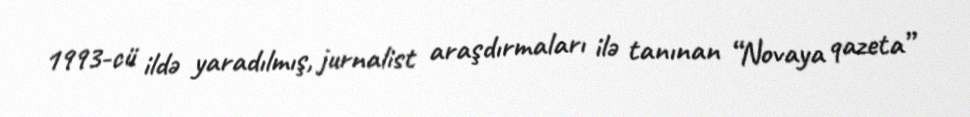
1993-cü ildə yaradılmış, jurnalist araşdırmaları ilə tanınan “Novaya qazeta”